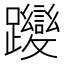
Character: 𮜬